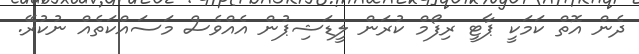
ދެން އޮތް ކަމަކީ ޕާޓީ ރިފޯމް ކުރަން ލީޑަޝިޕުން އެއްވެސް މަސައްކަތެއް ނުކުރޭ.